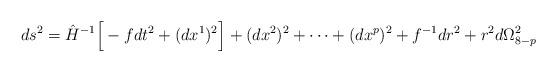
LaTeX: \begin{align*}ds^2 = \hat{H}^{-1} \Big[ -f dt^2 + (dx^1)^2 \Big]+ (dx^2)^2 + \cdots + (dx^p)^2 + f^{-1} dr^2 + r^2 d\Omega_{8-p}^2\end{align*}